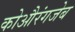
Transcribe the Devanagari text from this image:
कोऔरंगजेब